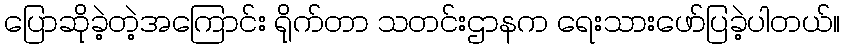
ပြောဆိုခဲ့တဲ့အကြောင်း ရိုက်တာ သတင်းဌာနက ရေးသားဖော်ပြခဲ့ပါတယ်။